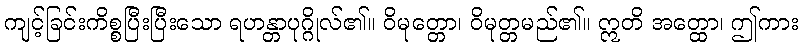
ကျင့်ခြင်းကိစ္စပြီးပြီးသော ရဟန္တာပုဂ္ဂိုလ်၏။ ဝိမုတ္တော၊ ဝိမုတ္တမည်၏။ ဣတိ အတ္ထော၊ ဤကား